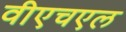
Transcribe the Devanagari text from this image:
वीएचएल